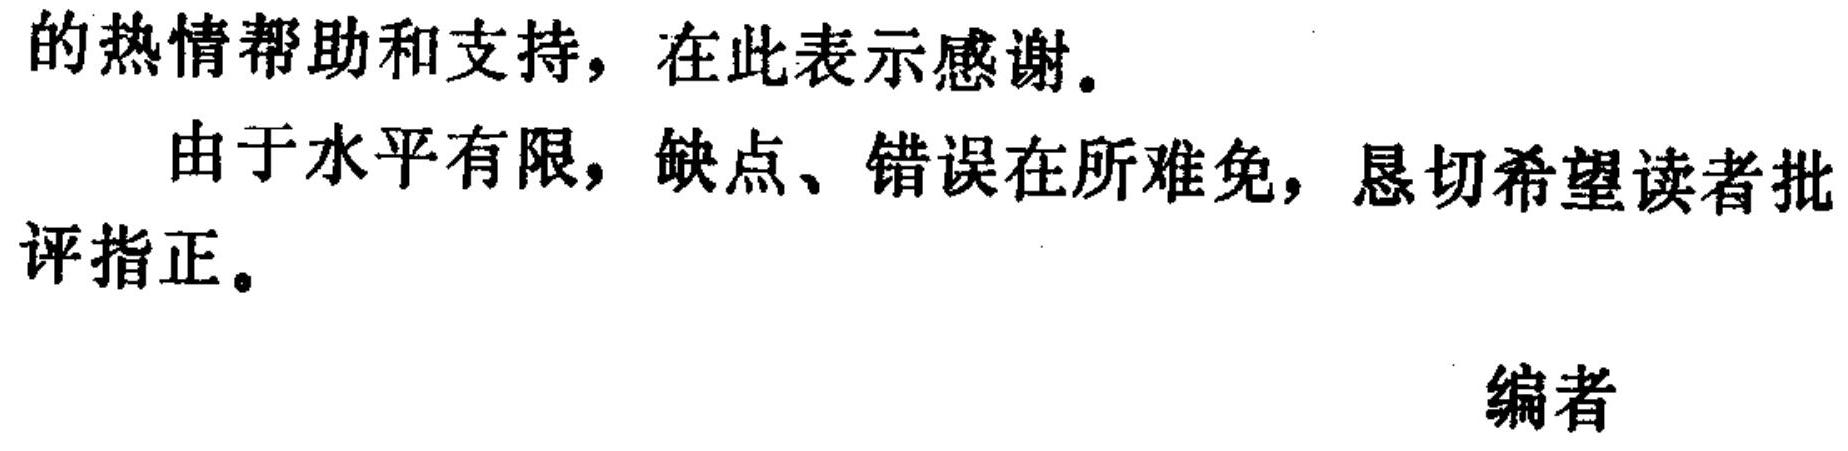
的热情帮助和支持，在此表示感谢。
由于水平有限，缺点、错误在所难免，恳切希望读者批评指正。
编者